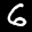
Label: 6